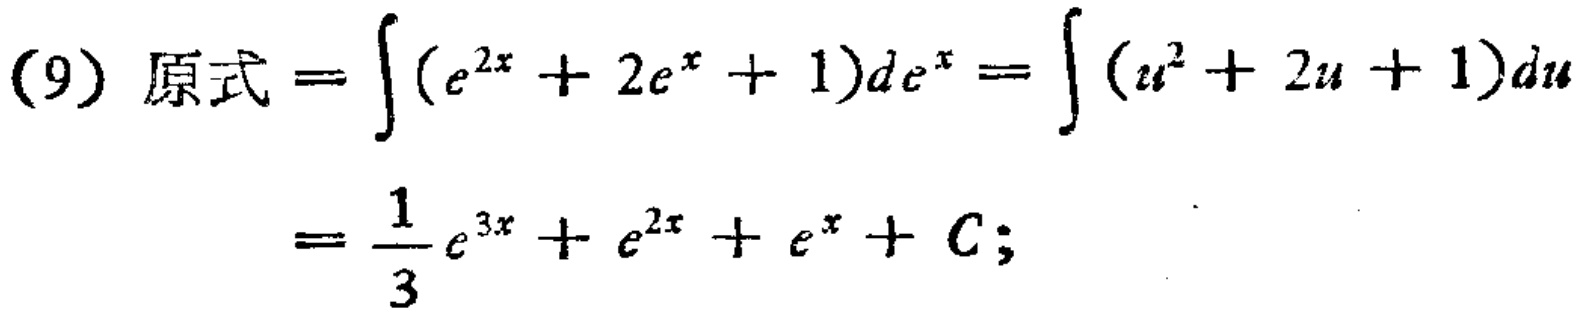
(9) 原式 \(=\int (e^{2x}+2e^{x}+1)de^{x}=\int (u^{2}+2u + 1)du=\frac{1}{3}e^{3x}+e^{2x}+e^{x}+C;\)